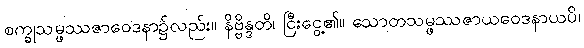
စက္ခုသမ္ဖဿဇာဝေဒနာ၌လည်း။ နိဗ္ဗိန္ဒတိ၊ ငြီးငွေ့၏။ သောတသမ္ဖဿဇာယဝေဒနာယပိ၊